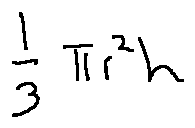
\frac { 1 } { 3 } \pi r ^ { 2 } h